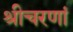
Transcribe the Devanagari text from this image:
श्रीचरणां